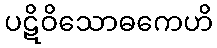
ပဋိဝိသောဓကေဟိ